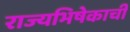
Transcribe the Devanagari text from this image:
राज्यभिषेकाची